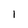
Character: l